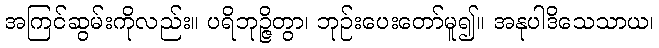
အကြင်ဆွမ်းကိုလည်း။ ပရိဘုဉ္ဇိတွာ၊ ဘုဉ်းပေးတော်မူ၍။ အနုပါဒိသေသာယ၊